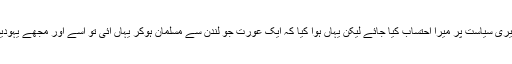
انہوں نے کہا کہ’’ میری سیاست پر میرا احتساب کیا جائے لیکن یہاں ہوا کیا کہ ایک عورت جو لندن سے مسلمان ہوکر یہاں آئی تو اسے اور مجھے یہودیوں کا ایجنٹ کہا گیا۔